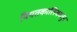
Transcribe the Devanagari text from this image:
नियतकालिेकातून